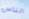
الناس